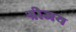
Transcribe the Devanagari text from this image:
श्रीजय